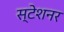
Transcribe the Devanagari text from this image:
स्टेशनर